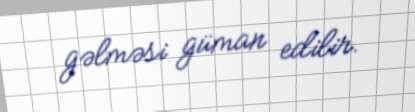
gəlməsi güman edilir.